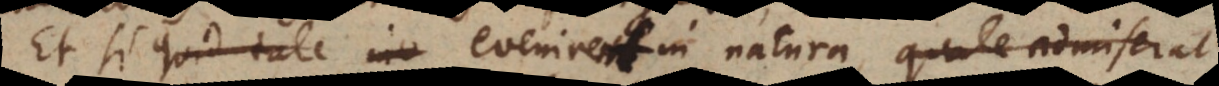
Et si quid tale eveniret in natura, quale